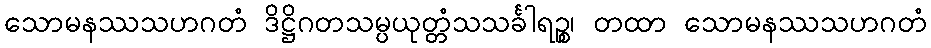
သောမနဿသဟဂတံ ဒိဋ္ဌိဂတသမ္ပယုတ္တံသသင်္ခါရဉ္စ၊ တထာ သောမနဿသဟဂတံ